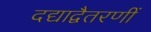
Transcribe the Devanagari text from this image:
दद्याद्वैतरणीं